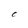
Character: c